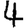
Digit: 4